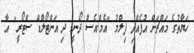
ހަޔާތުގެ މައްޗަށް އުފެއްދި ފިލްމު "އެމް.އެސް ދޯނީ: ދި އަންޓޯލްޑް ސްޓޯރީ" އާ